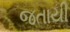
જતાયી